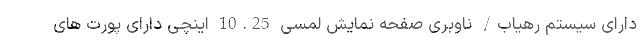
دارای سیستم رهیاب/ ناوبری صفحه نمایش لمسی 10.25 اینچی دارای پورت های